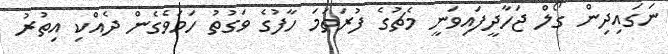
ނަގައިދިން ގޯލް ޖަހާދީފައިވަނީ މެޗުގެ ފުރަތަމަ ހާފުގެ ވަގުތު ހަމަވެގެން ދެއްކި އިތުރު